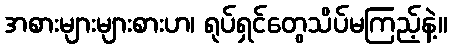
အစားများများစားဟ၊ ရုပ်ရှင်တွေသိပ်မကြည့်နဲ့။